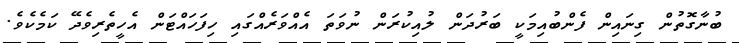
ބުނާގޮތުން ގިނައިން ފެންބުއިމަކީ ބަރުދަން ލުއިކުރަން ނުވަތަ އެއްވަރެއްގައި ހިފަހައްޓަން އެހީތެރިވެދޭ ކަމެކެވެ.